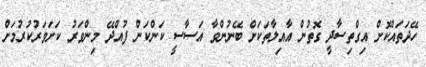
ހޭދަތައްކޮށް އިގްތިސާދީ ގޮތުން އާއިލާތަކަށް ބޭނުންވާ އަސާސީ ކަންކަން ފުއްދޭ މިންވަރު ކަށަވަރުކުރުމަށް